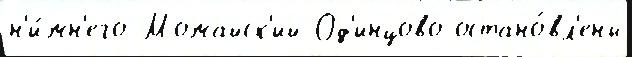
н'и́жн'его Можайск'ий Од'инцово остано́вл'ены